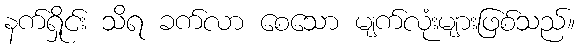
နက်ရှိုင်း သိရ ခက်လာ စေသော မျက်လုံးများဖြစ်သည်။